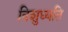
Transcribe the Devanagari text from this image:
विशुध्यति